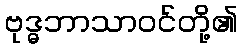
ဗုဒ္ဓဘာသာဝင်တို့၏